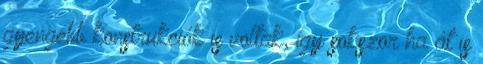
gyengébb konstrukciók is voltak, így sokszor ha át is